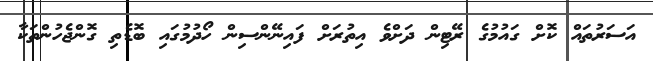
އަސަރުތައް ކޮށް ގައުމުގެ ރޭޓިން ދަށްވެ އިތުރަށް ފައިނޭންސިން ހޯދުމުގައި ބޮޑެތި ގޮންޖެހުންތަކާ